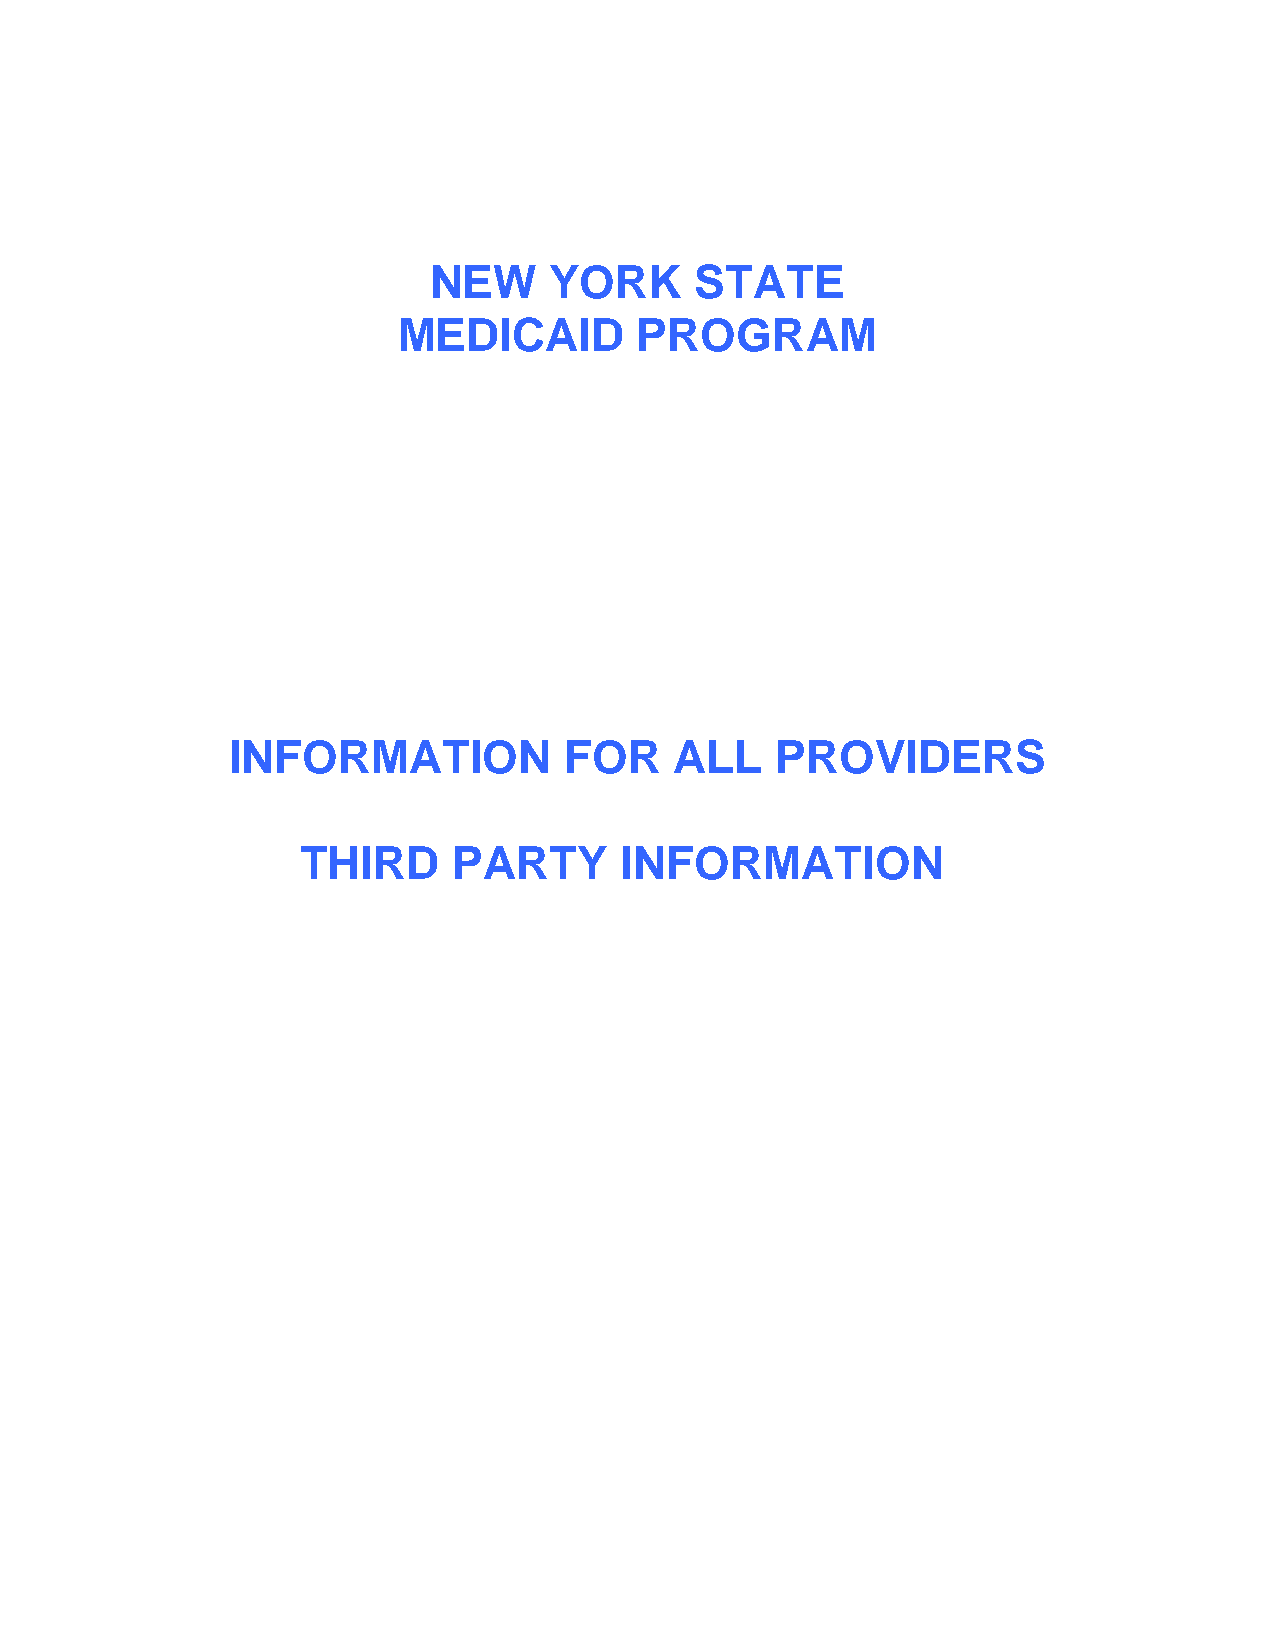
NEW     YORK      STATE
 MEDICAID        PROGRAM
 INFORMATION           FOR     ALL   PROVIDERS
 THIRD     PARTY      INFORMATION